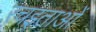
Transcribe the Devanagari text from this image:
रचइताओं